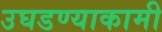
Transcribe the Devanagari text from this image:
उघडण्याकामी